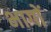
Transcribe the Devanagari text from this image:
भागाें